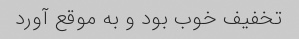
تخفیف خوب بود و به موقع آورد